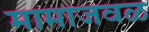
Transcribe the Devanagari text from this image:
मामाजवळ